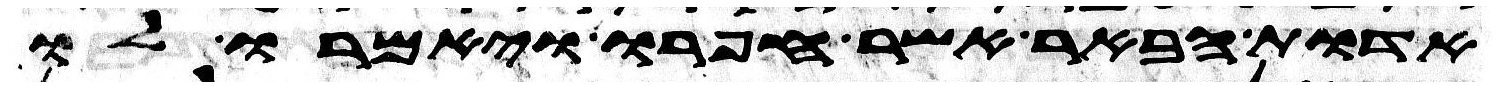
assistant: אדות הבאר אשר חפרו ויאמרו לו